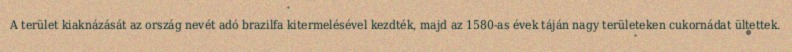
A terület kiaknázását az ország nevét adó brazilfa kitermelésével kezdték, majd az 1580-as évek táján nagy területeken cukornádat ültettek.